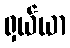
ရှယ်ယာ